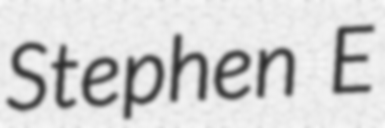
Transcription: Stephen E